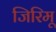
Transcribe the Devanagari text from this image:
जिरिमू